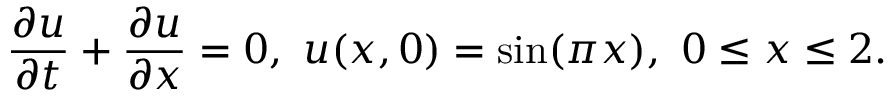
\frac { \partial u } { \partial t } + \frac { \partial u } { \partial x } = 0 , \mathrm { ~ } u ( x , 0 ) = \sin ( \pi x ) , \mathrm { ~ } 0 \leq x \leq 2 .